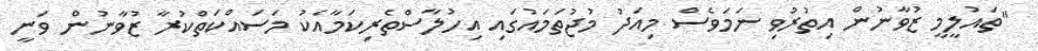
"ތައުލީމީ ޒުވާނުން އިތުރުވި ނަމަވެސް މިއަދު މުޖުތަމައުގައި އިހުލާސްތެރިކަމާއެކު މަސައްކަތްކުރާ ޒުވާނުން ވަނީ